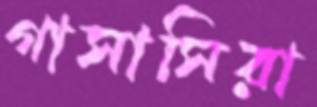
গাসাসিরা